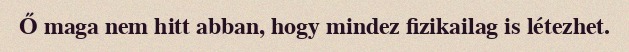
Ő maga nem hitt abban, hogy mindez fizikailag is létezhet.